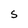
Character: S